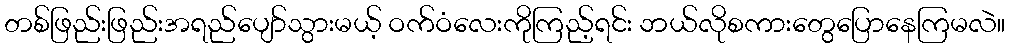
တစ်ဖြည်းဖြည်းအရည်ပျော်သွားမယ့် ဝက်ဝံလေးကိုကြည့်ရင်း ဘယ်လိုစကားတွေပြောနေကြမလဲ။